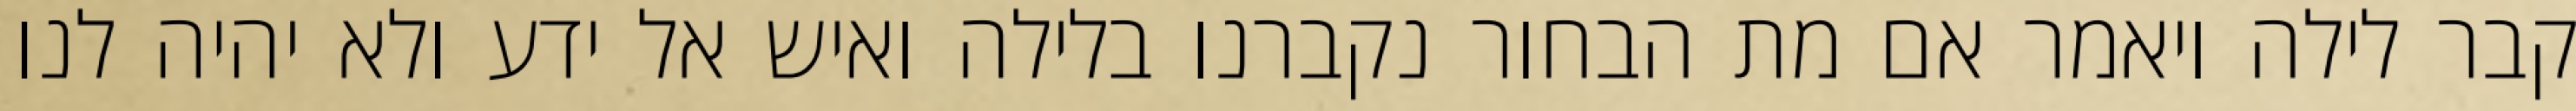
קבר לילה ויאמר אם מת הבחור נקברנו בלילה ואיש אל ידע ולא יהיה לנו